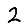
Digit: 2